38_143685_box7_Incident_Summaries_1-100
Agency: Department of War
Page 120
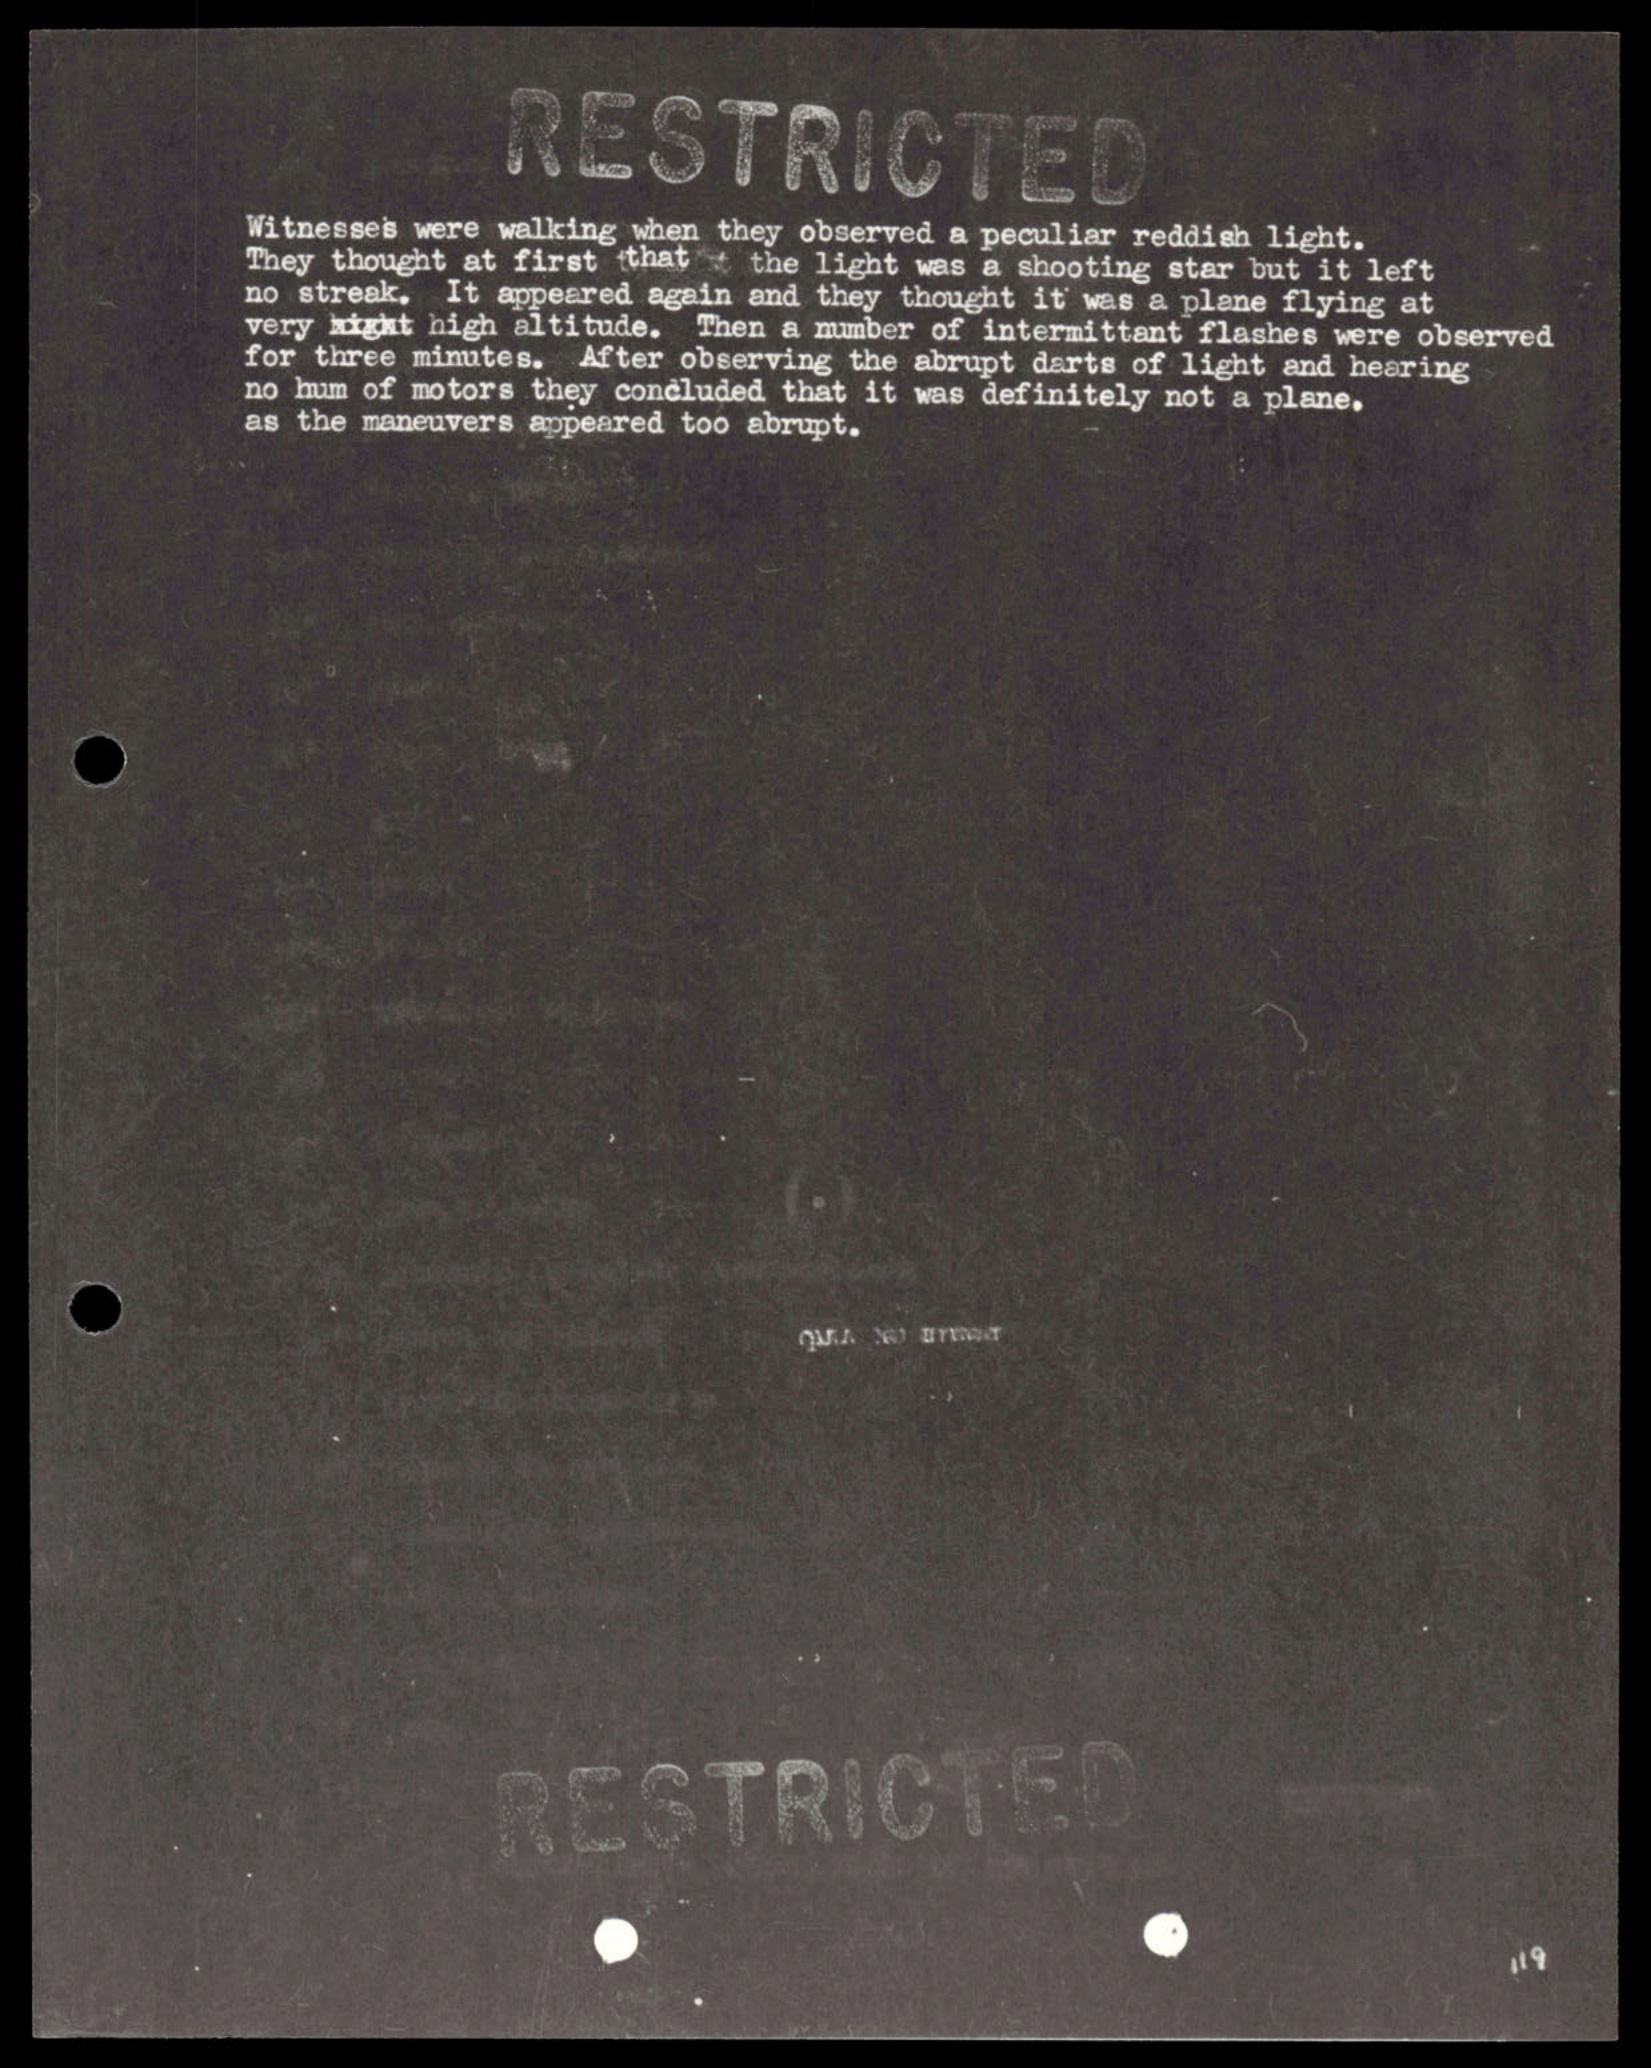